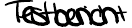
Testbericht